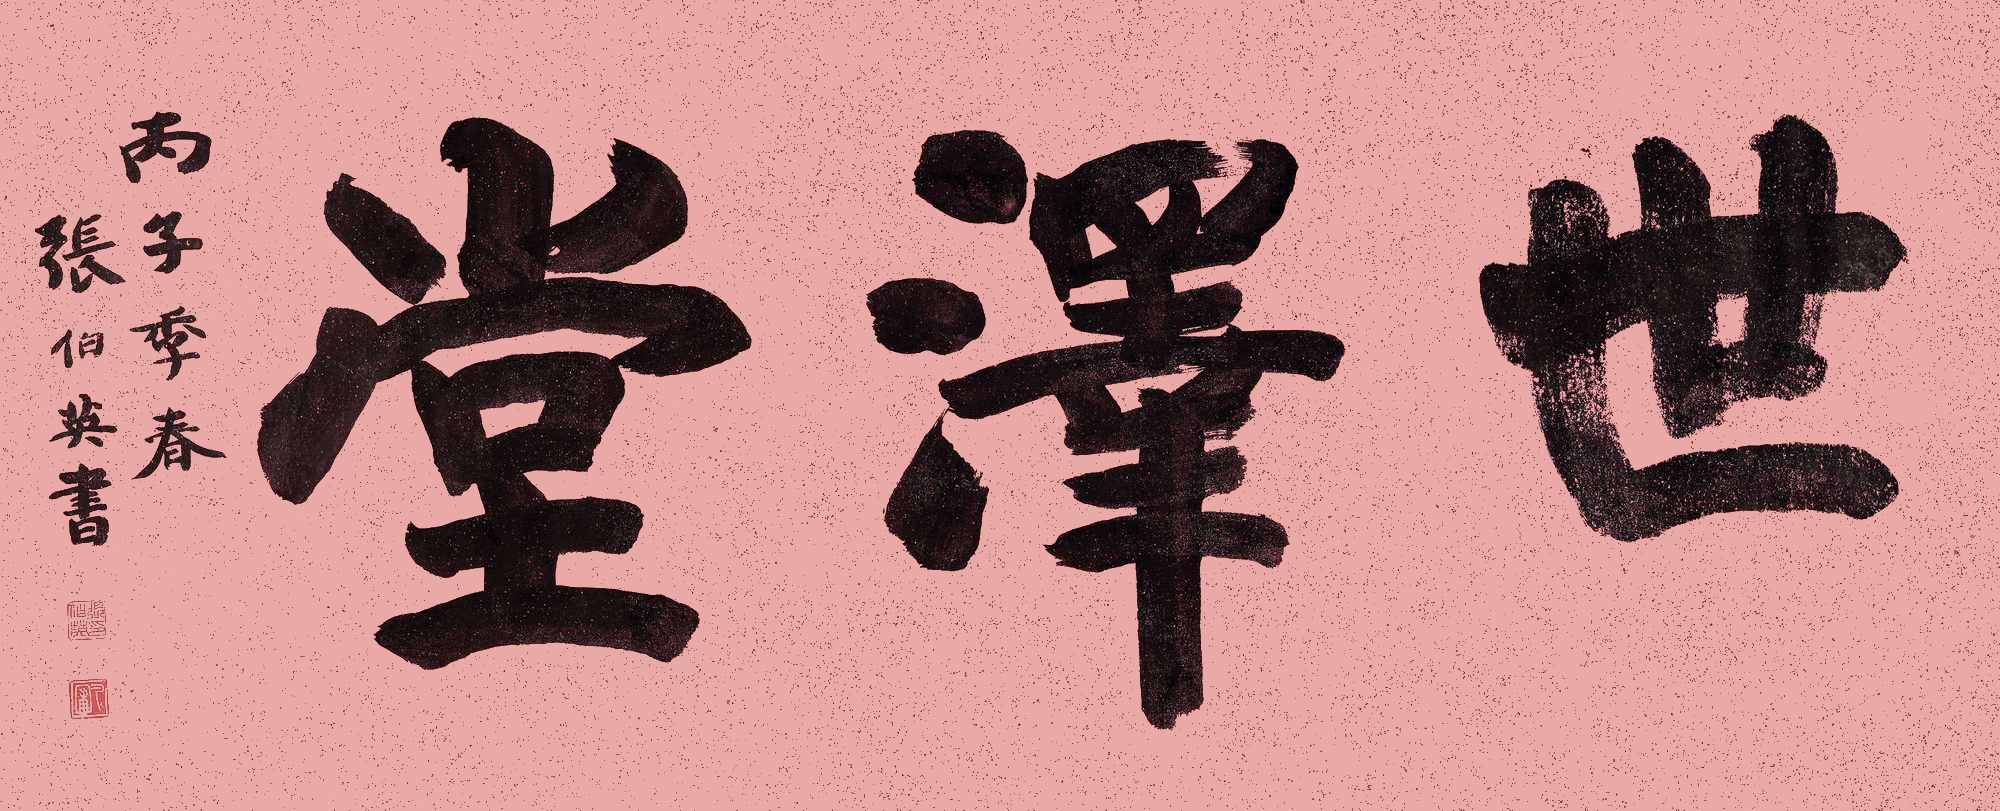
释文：世泽堂。丙子季春，张伯英书。